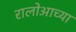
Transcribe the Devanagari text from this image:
रालोआच्या